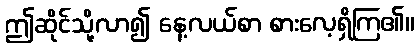
ဤဆိုင်သို့လာ၍ နေ့လယ်စာ စားလေ့ရှိကြ၏။